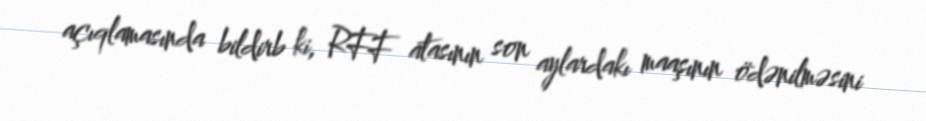
açıqlamasında bildirb ki, RFF atasının son aylardakı maaşının ödənilməsini